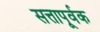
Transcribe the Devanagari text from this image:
सत्तापूर्वक